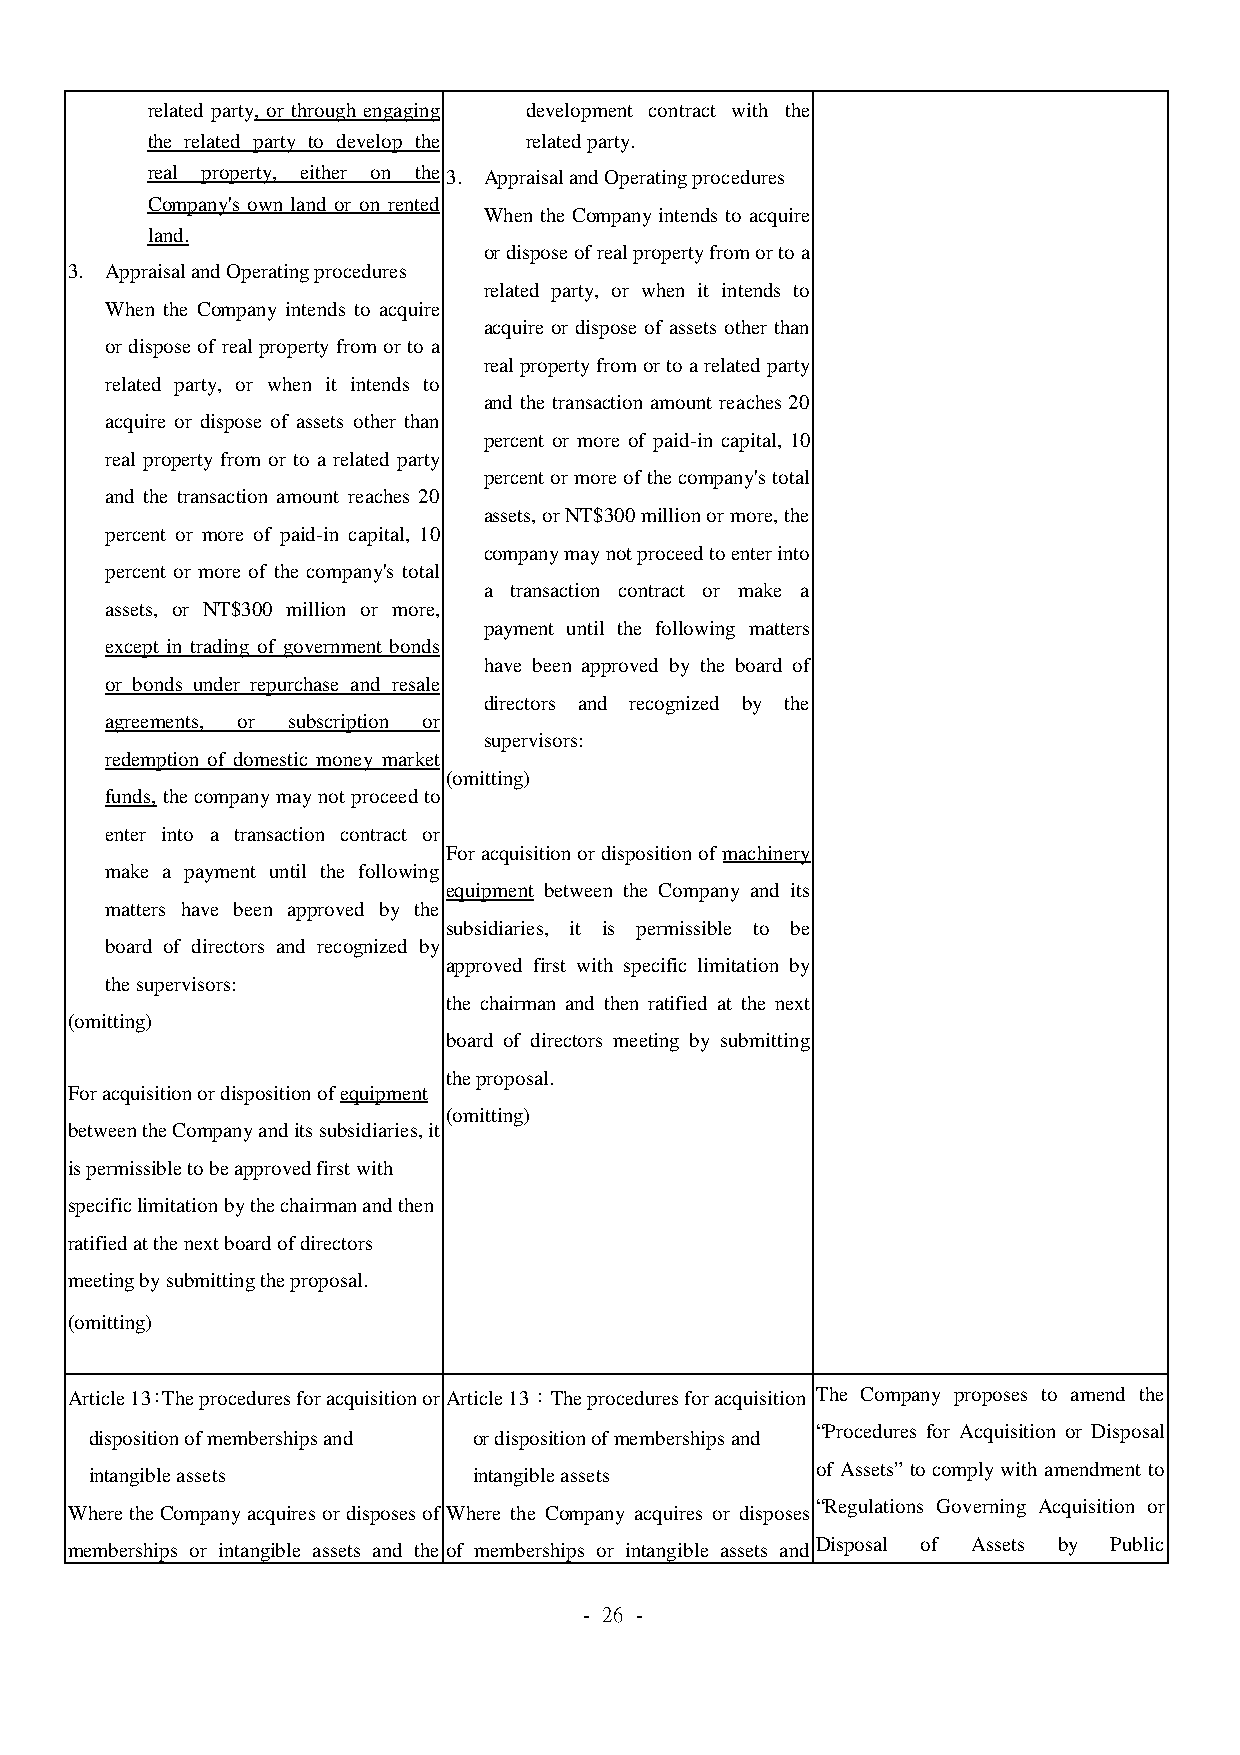
related party, or through engaging development contract with the
 the related party to develop the related party.
 real property, either on the 3. Appraisal and Operating procedures
 Company's own land or on rented
 When the Company intends to acquire
 land.
 or dispose of real property from or to a
 3. Appraisal and Operating procedures
 related party, or when it intends to
 When the Company intends to acquire
 acquire or dispose of assets other than
 or dispose of real property from or to a
 real property from or to a related party
 related party, or when it intends to
 and the transaction amount reaches 20
 acquire or dispose of assets other than
 percent or more of paid-in capital, 10
 real property from or to a related party
 percent or more of the company's total
 and the transaction amount reaches 20
 assets, or NT$300 million or more, the
 percent or more of paid-in capital, 10
 company may not proceed to enter into
 percent or more of the company's total
 a transaction contract or make a
 assets, or NT$300 million or more,
 payment until the following matters
 except in trading of government bonds
 have been approved by the board of
 or bonds under repurchase and resale
 directors and recognized by the
 agreements, or subscription or
 supervisors:
 redemption of domestic money market
 (omitting)
 funds, the company may not proceed to
 enter into a transaction contract or
 For acquisition or disposition of machinery
 make a payment until the following
 equipment between the Company and its
 matters have been approved by the
 subsidiaries, it is permissible to be
 board of directors and recognized by
 approved first with specific limitation by
 the supervisors:
 the chairman and then ratified at the next
 (omitting)
 board of directors meeting by submitting
 the proposal.
 For acquisition or disposition of equipment
 (omitting)
 between the Company and its subsidiaries, it
 is permissible to be approved first with
 specific limitation by the chairman and then
 ratified at the next board of directors
 meeting by submitting the proposal.
 (omitting)
 Article 13：The procedures for acquisition or Article 13：The procedures for acquisition The Company proposes to amend the
 “Procedures for Acquisition or Disposal
 disposition of memberships and or disposition of memberships and
 intangible assets        intangible assets
 of Assets” to comply with amendment to
 “Regulations Governing Acquisition or
 Where the Company acquires or disposes of Where the Company acquires or disposes
 Disposal of Assets by Public
 memberships or intangible assets and the of memberships or intangible assets and
 - 26 -